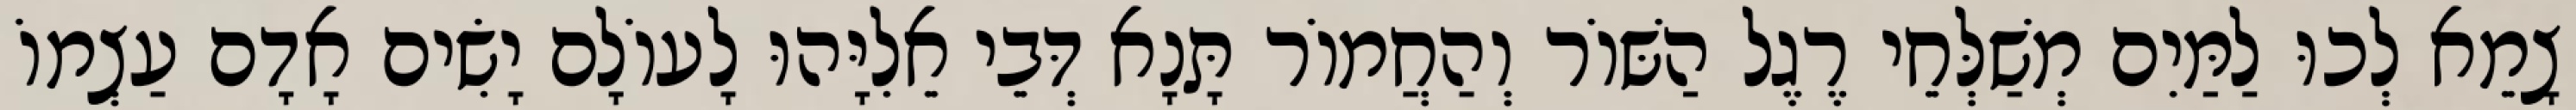
צָמֵא לְכוּ לַמַּיִם מְשַׁלְּחֵי רֶגֶל הַשּׁוֹר וְהַחֲמוֹר תָּנָא דְּבֵי אֵלִיָּהוּ לָעוֹלָם יָשִׂים אָדָם עַצְמוֹ